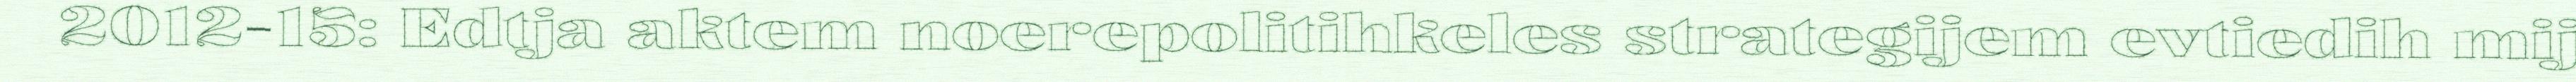
2012-15: Edtja aktem noerepolitihkeles strategijem evtiedih mij